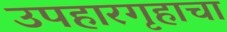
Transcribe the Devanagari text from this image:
उपहारगृहाचा